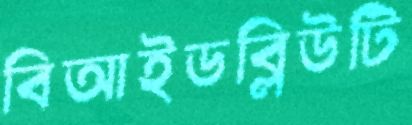
বিআইডব্লিউটি